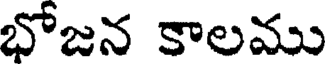
భోజన కాలము